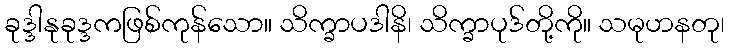
ခုဒ္ဒါနုခုဒ္ဒကဖြစ်ကုန်သော။ သိက္ခာပဒါနိ၊ သိက္ခာပုဒ်တို့ကို။ သမုဟနတု၊